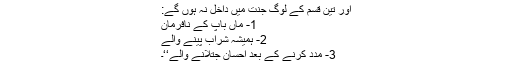
اور تین قسم کے لوگ جنت میں داخل نہ ہوں گے:
1- ماں باپ کے نافرمان
2- ہمیشہ شراب پینے والے
3- مدد کرنے کے بعد احسان جتلانے والے‘‘۔